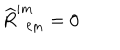
LaTeX: \widehat { R } _ { \phantom { i j } \ell m } ^ { i m } = 0